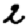
Digit: 2